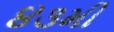
૪૩મી